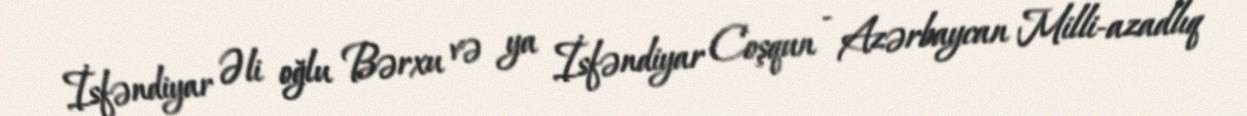
İsfəndiyar Əli oğlu Bərxu və ya İsfəndiyar Coşqun - Azərbaycan Milli-azadlıq